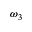
\omega _ { 3 }